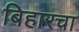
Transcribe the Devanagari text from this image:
बिहारचा